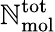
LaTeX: \mathbb{N}_{\mathrm{{mol}}}^{\mathrm{{tot}}}